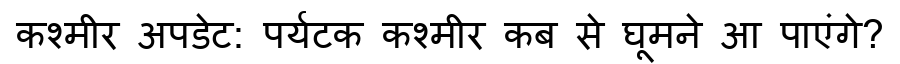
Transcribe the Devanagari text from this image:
कश्मीर अपडेट: पर्यटक कश्मीर कब से घूमने आ पाएंगे?